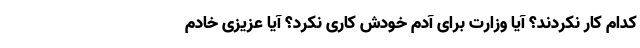
کدام کار نکردند؟ آیا وزارت برای آدم خودش کاری نکرد؟ آیا عزیزی خادم